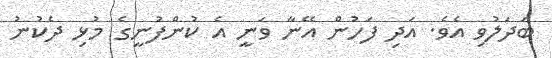
ބަދަލުވި އެވެ. އަދި ފަހުން އޭނާ ވަނީ އެ ކުންފުނީގެ މުޅި ދެކުނު